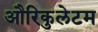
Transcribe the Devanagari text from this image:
औरिकुलेटम